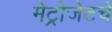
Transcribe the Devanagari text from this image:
मेट्रोजेटचे